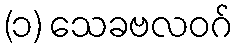
(၁) သေခဗလဝဂ်